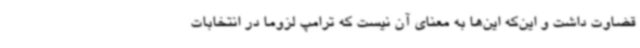
قضاوت داشت و این‌که این‌ها به معنای آن نیست که ترامپ لزوما در انتخابات